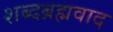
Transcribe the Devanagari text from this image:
शब्दब्रह्मवाद